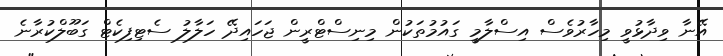
އޭނާ ވިދާޅުވީ މިހާރުވެސް އިސްލާމީ ގައުމުތަކުން މިނިސްޓްރީން ޖަހައިދޭ ހަލާލު ސެޓިފިކެޓް ގަބޫލްކުރާނެ